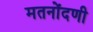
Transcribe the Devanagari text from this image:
मतनोंदणी